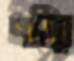
খবীর